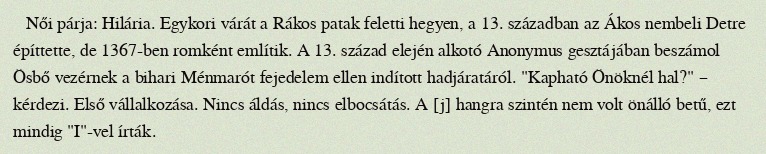
Női párja: Hilária. Egykori várát a Rákos patak feletti hegyen, a 13. században az Ákos nembeli Detre építtette, de 1367-ben romként említik. A 13. század elején alkotó Anonymus gesztájában beszámol Ösbő vezérnek a bihari Ménmarót fejedelem ellen indított hadjáratáról. "Kapható Önöknél hal?" – kérdezi. Első vállalkozása. Nincs áldás, nincs elbocsátás. A [j] hangra szintén nem volt önálló betű, ezt mindig "I"-vel írták.